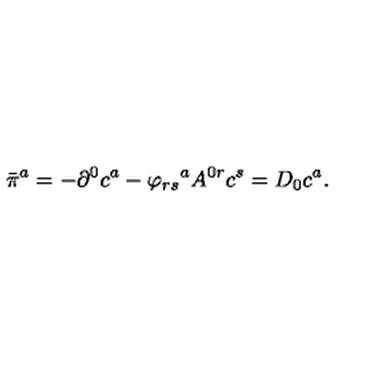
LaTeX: { \bar { \pi } } ^ { a } = - \partial ^ { 0 } c ^ { a } - { \varphi _ { r s } } ^ { a } A ^ { 0 r } c ^ { s } = D _ { 0 } c ^ { a } .